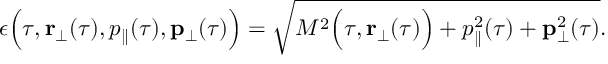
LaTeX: \epsilon \Bigl ( \tau , { \bf r } _ { \perp } ( \tau ) , p _ { \parallel } ( \tau ) , { \bf p } _ { \perp } ( \tau ) \Bigr ) = \sqrt { M ^ { 2 } \Bigl ( \tau , { \bf r } _ { \perp } ( \tau ) \Bigr ) + p _ { \parallel } ^ { 2 } ( \tau ) + { \bf p } _ { \perp } ^ { 2 } ( \tau ) } .